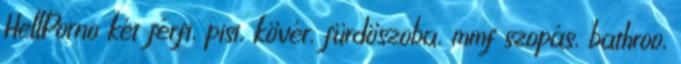
HellPorno két férfi, pisi, kövér, fürdöszoba, mmf szopás, bathroo,